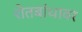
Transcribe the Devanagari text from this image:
शेतबांधावर